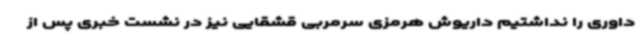
داوری را نداشتیم داریوش هرمزی سرمربی قشقایی نیز در نشست خبری پس از